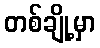
တစ်ချို့မှာ